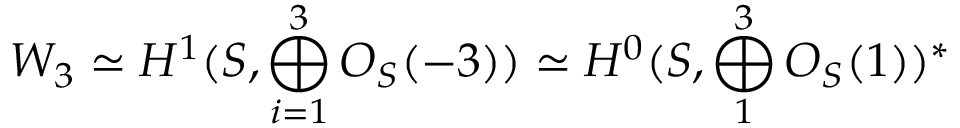
W _ { 3 } \simeq H ^ { 1 } ( { \cal S } , \bigoplus _ { i = 1 } ^ { 3 } { \cal O } _ { { \cal S } } ( - 3 ) ) \simeq H ^ { 0 } ( { \cal S } , \bigoplus _ { 1 } ^ { 3 } { \cal O } _ { { \cal S } } ( 1 ) ) ^ { * }